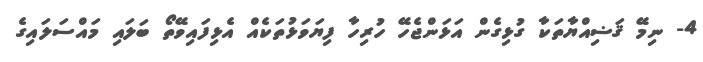
4- ނިމޭ ޤަޟިއްޔާތަކާ ގުޅިގެން އަޅަންޖެހޭ ހުރިހާ ފިޔަވަޅުތަކެއް އެޅިފައިވޭތޯ ބަލައި މައްސަލައިގެ